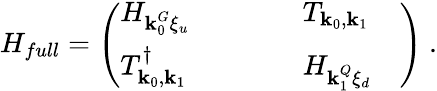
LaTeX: H_{full}=\left(\begin{array}{llllll}{H_{\textbf{k}_{0}^{G}\xi_{u}}}&{}&{}&{}&{T_{\textbf{k}_{0},\textbf{k}_{1}}}&{}\\ {T_{\textbf{k}_{0},\textbf{k}_{1}}^{\dagger}}&{}&{}&{}&{H_{\textbf{k}_{1}^{Q}\xi_{d}}}&{}\end{array}\right)~.